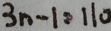
3 n - 1 = 1 1 0